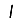
Digit: 1